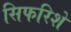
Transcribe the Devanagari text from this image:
सिफरिशें